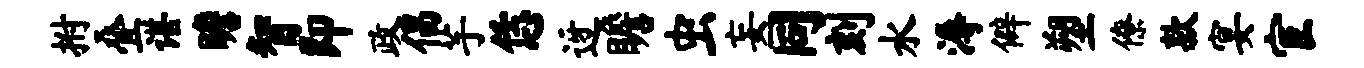
拊叠谌瞻智即政倡芋恁迓瞻虫妄同刻水溽僻塑僚款宴宦